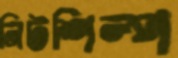
নিটশিল্প